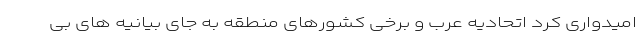
امیدواری کرد اتحادیه عرب و برخی کشورهای منطقه به جای بیانیه های بی